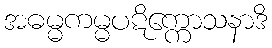
အဓမ္မကမ္မပဋိက္ကောသနာဒိ